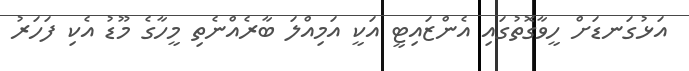
އަޅުގަނޑަށް ހީވާގޮތުގައި އެންޒައިޓީ އަކީ އަމިއްލަ ބާރެއްނެތި މީހާގެ މޫޑު އެކި ފަހަރު